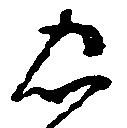
忠